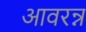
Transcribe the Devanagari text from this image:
आवरन्न